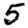
Digit: 5